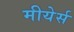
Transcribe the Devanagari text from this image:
मीयेर्स